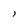
Character: l